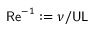
\mathsf { R e } ^ { - 1 } : = { \nu } / { \mathsf { U L } }